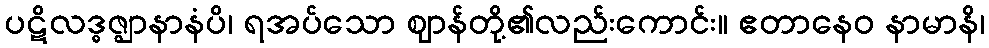
ပဋိလဒ္ဓဇ္ဈာနာနံပိ၊ ရအပ်သော ဈာန်တို့၏လည်းကောင်း။ ဧတာနေဝ နာမာနိ၊